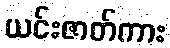
ယင်းဇာတ်ကား